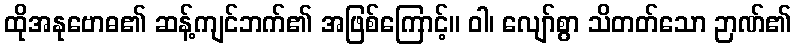
ထိုအနုဗောဓ၏ ဆန့်ကျင်ဘက်၏ အဖြစ်ကြောင့်။ ဝါ၊ လျော်စွာ သိတတ်သော ဉာဏ်၏